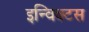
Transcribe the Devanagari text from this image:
इन्विक्टस